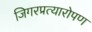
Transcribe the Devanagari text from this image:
जिगरप्रत्यारोपण